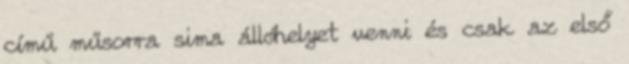
című műsorra sima állóhelyet venni és csak az első